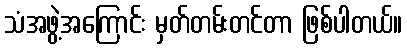
သံအဖွဲ့အကြောင်း မှတ်တမ်းတင်တာ ဖြစ်ပါတယ်။